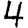
Digit: 4